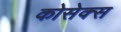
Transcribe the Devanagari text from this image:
कोसेक्स